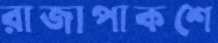
রাজাপাকশে